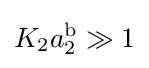
K_{2}a_{2}^{\text{b}}\gg 1